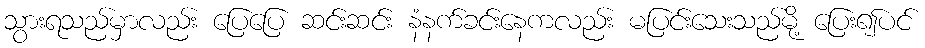
သွားရသည်မှာလည်း ပြေပြေ ဆင်းဆင်း နံနက်ခင်းနေကလည်း မပြင်းသေးသည်မို့ ပြေး၍ပင်